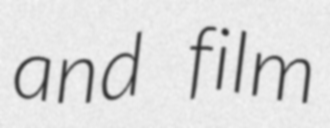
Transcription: and film